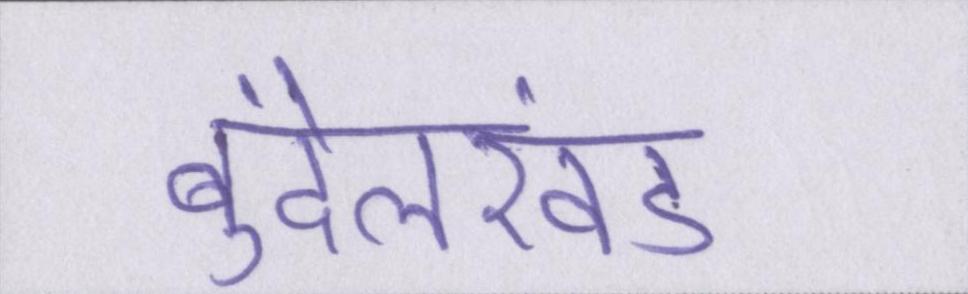
बुंदेलखंड